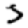
Digit: 3